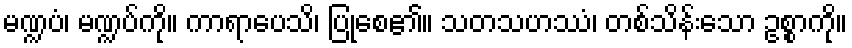
မဏ္ဍပံ၊ မဏ္ဍပ်ကို။ ကာရာပေသိ၊ ပြုစေ၏။ သတသဟဿံ၊ တစ်သိန်းသော ဥစ္စာကို။